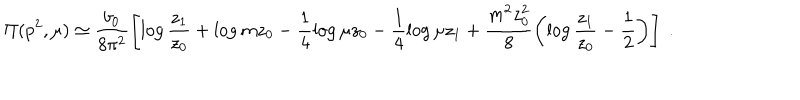
LaTeX: \Pi ( p ^ { 2 } , \mu ) \simeq \frac { b _ { 0 } } { 8 \pi ^ { 2 } } \left[ \log \frac { z _ { 1 } } { z _ { 0 } } + \log m z _ { 0 } - \frac { 1 } { 4 } \log \mu z _ { 0 } - \frac { 1 } { 4 } \log \mu z _ { 1 } + \frac { m ^ { 2 } z _ { 0 } ^ { 2 } } { 8 } \left( \log \frac { z _ { 1 } } { z _ { 0 } } - \frac { 1 } { 2 } \right) \right] \; .